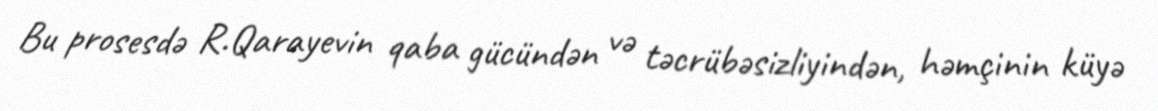
Bu prosesdə R.Qarayevin qaba gücündən və təcrübəsizliyindən, həmçinin küyə